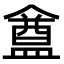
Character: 𥂝